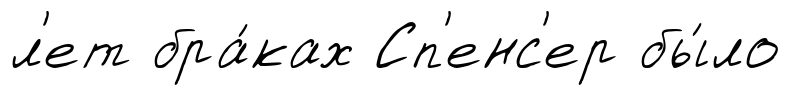
л'ет бра́ках Сп'енс'ер бы́ло